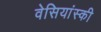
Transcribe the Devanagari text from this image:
वेसियांस्की